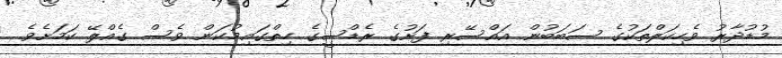
މުޑުދާރު ވެހިކަލްތަކުގެ ސަބަބުން އަައްސޭރި ފަށުގެ ރެޑްސީގެ ހިތްގައިމުކަން ވެސް ގެއްލޭ ކަމަށެވެ.